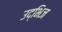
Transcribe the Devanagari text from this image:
उद्भिज